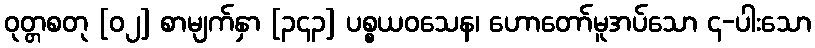
ဝုတ္တစတု [၀၂] စာမျက်နှာ [၃၄၃] ပစ္စယဝသေန၊ ဟောတော်မူအပ်သော ၄-ပါးသော